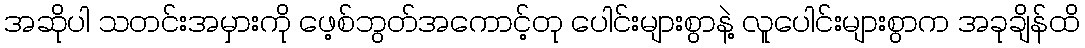
အဆိုပါ သတင်းအမှားကို ဖေ့စ်ဘွတ်အကောင့်တု ပေါင်းများစွာနဲ့ လူပေါင်းများစွာက အခုချိန်ထိ